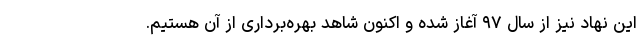
این نهاد نیز از سال ۹۷ آغاز شده و اکنون شاهد بهره‌برداری از آن هستیم.